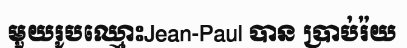
មួយរូបឈ្មោះJean-Paul បាន ប្រាប់រ៉យ